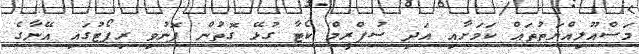
މަސްއޫލިއްޔަތުތައް ކަމަށާއި އަދި ސުޕްރީމް ކޯޓާ ގުޅޭ ގޮތުން ފޮނުވި ރިޕޯޓުގައި އޭނާގެ